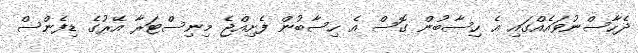
ދެހާސްނުވައެއްގައި އެ ހިސާބުން ގޮސް އެ ހިސާބުން ފެށިއްޖެ މިނިސްޓަރާ އޭރުގެ ޑިފެންސް